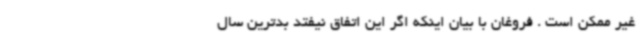
غیر ممکن است . فروغان با بیان اینکه اگر این اتفاق نیفتد بدترین سال